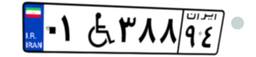
۰۱W۳۸۸۹۴